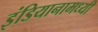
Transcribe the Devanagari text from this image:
इंडियानामध्यी